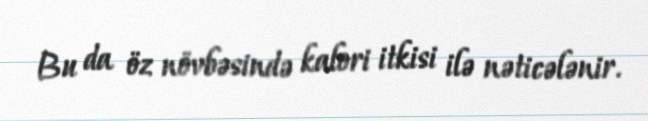
Bu da öz növbəsində kalori itkisi ilə nəticələnir.